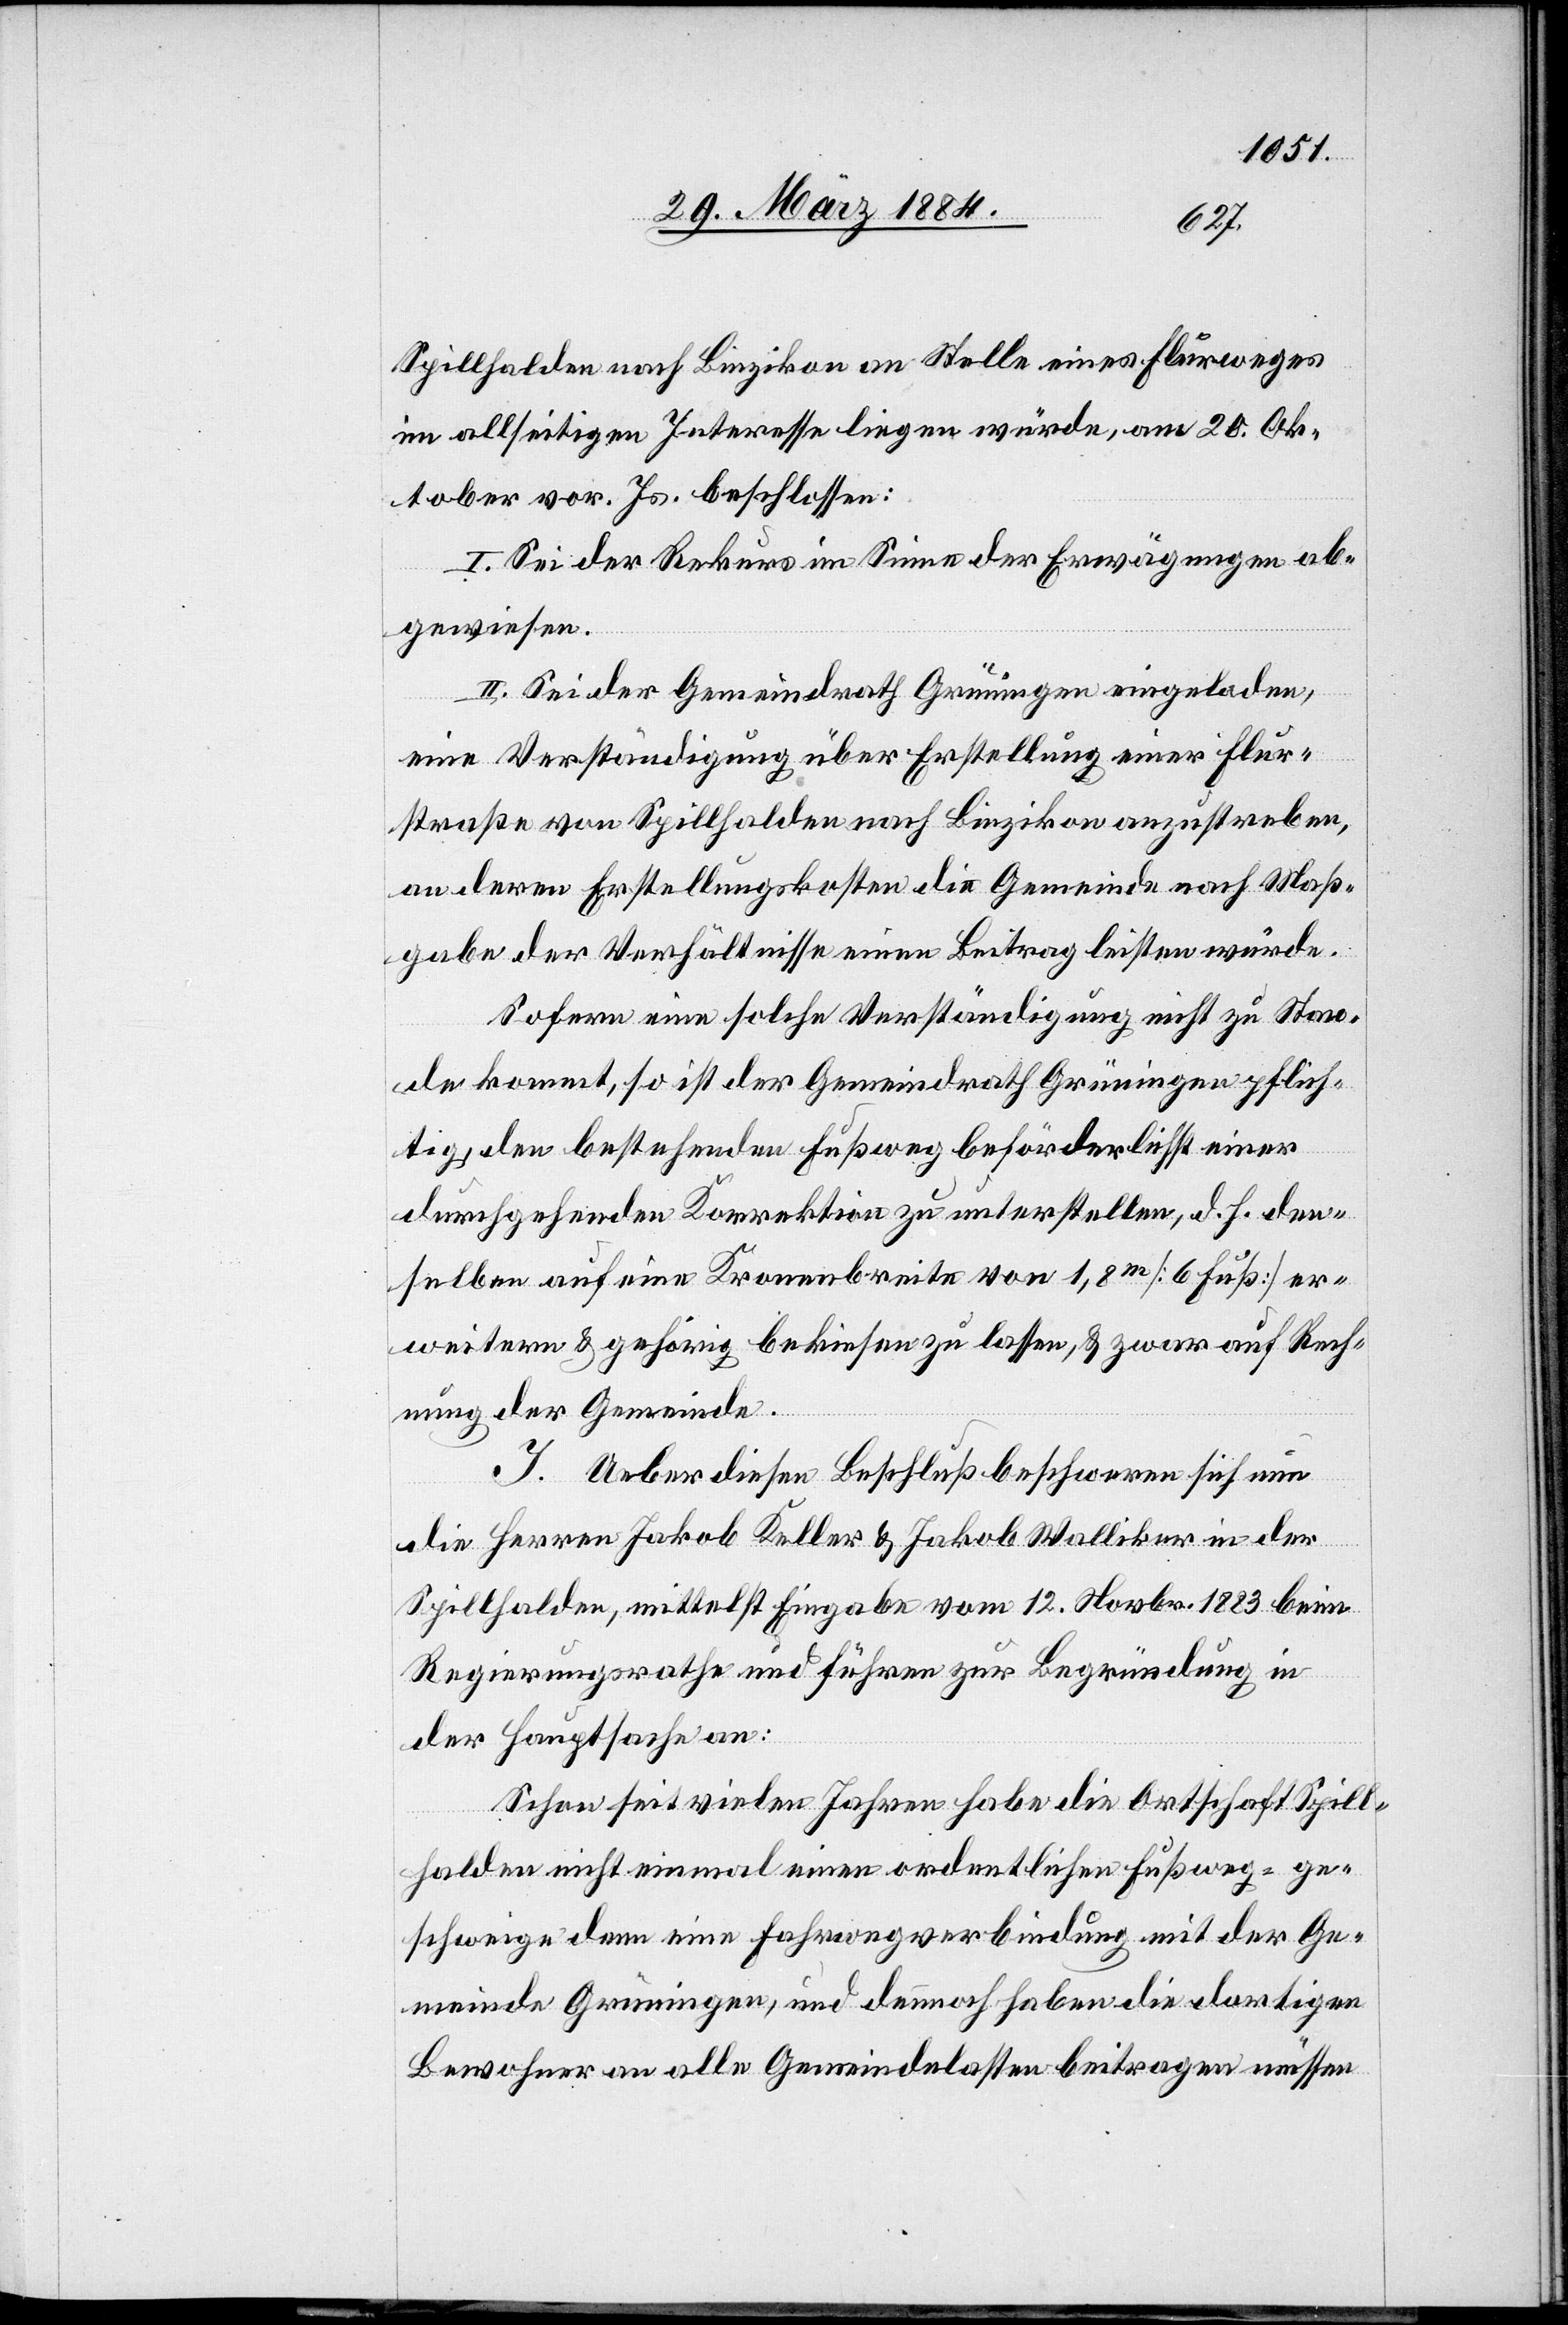
Spillhalden nach Binzikon an Stelle eines Flurweges
im allseitigen Interesse liegen würde, am 20. Ok¬
tober vor. Js. beschlossen:
I. Sei der Rekurs im Sinne der Erwägungen ab¬
gewiesen.
II. Sei der Gemeindrath Grüningen eingeladen,
eine Verständigung über Erstellung einer Flur¬
straße von Spillhalden nach Binzikon anzustreben,
an deren Erstellungskosten die Gemeinde nach Maß¬
gabe der Verhältnisse einen Beitrag leisten würde.
Sofern eine solche Verständigung nicht zu Stan¬
de kommt, so ist der Gemeindrath Grüningen pflich¬
tig, den bestehenden Fußweg beförderlichst einer
durchgehenden Korrektion zu unterstellen, d. h. den¬
selben auf eine Kronenbreite von 1,8m [6 Fuß] er¬
weitern & gehörig bekiesen zu lassen, & zwar auf Rech¬
nung der Gemeinde.
I. Ueber diesen Beschluß beschweren sich nun
die Herren Jakob Keller & Jakob Walliker in der
Spillhalden, mittelst Eingabe vom 12. Novbr. 1883 beim
Regierungsrathe und führen zur Begründung in
der Hauptsache an:
Schon seit vielen Jahren habe die Ortschaft Spill¬
halden nicht einmal einen ordentlichen Fußweg, ge¬
schweige denn eine Fahrwegsverbindung mit der Ge¬
meinde Grüningen, und dennoch haben die dortigen
Bewohner an alle Gemeindelasten beitragen müssen.